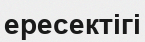
ересектігі